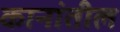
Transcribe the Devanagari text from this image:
कानांतील